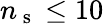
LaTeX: n_{\mathrm{~s~}}\leq 10